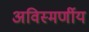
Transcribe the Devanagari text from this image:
अविस्मर्णीय